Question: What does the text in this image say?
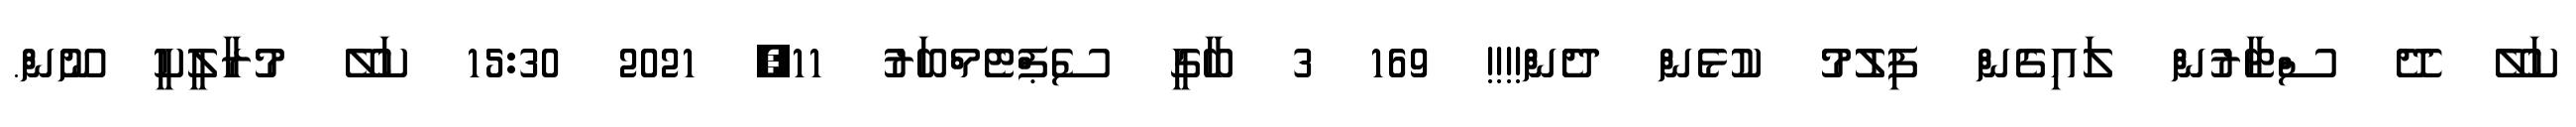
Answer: ކަލޭ ދޭ ސްޓާރުން ލައިގެން ފިލުމު ކުޅެން ދެން!!!! 169 3 ބާގީ ސެޕްޓެމްބަރު 11, 2021 15:30 ކަލޭ މުރާލީކީ ނޫން.